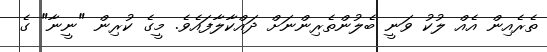
ތެރެއިން އެއް ލުކު ވަނީ ބެލުންތެރިންނަށް ދައްކާލާފައެވެ. މީގެ ކުރިން "ނީނާ" ގެ